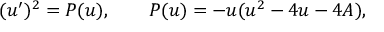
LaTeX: ( u ^ { \prime } ) ^ { 2 } = P ( u ) , \qquad P ( u ) = - u ( u ^ { 2 } - 4 u - 4 A ) ,